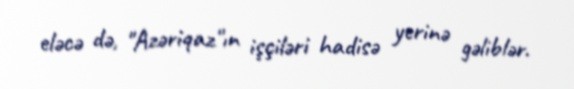
eləcə də, "Azəriqaz"ın işçiləri hadisə yerinə gəliblər.